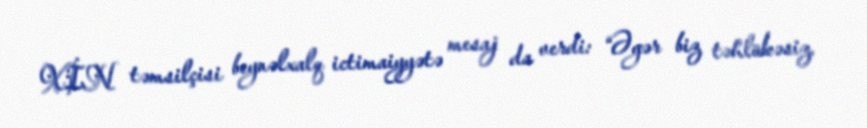
XİN təmsilçisi beynəlxalq ictimaiyyətə mesaj da verdi: “Əgər biz təhlükəsiz,